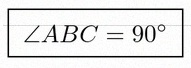
\angle ABC=90^\circ